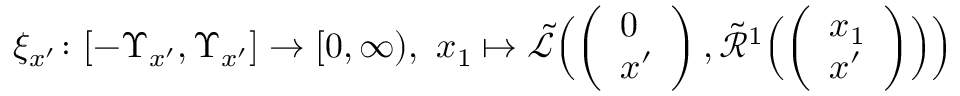
\xi _ { x ^ { \prime } } \colon [ - \Upsilon _ { x ^ { \prime } } , \Upsilon _ { x ^ { \prime } } ] \to [ 0 , \infty ) , \ x _ { 1 } \mapsto \tilde { \mathcal L } \Bigl ( \left( \begin{array} { l } { 0 } \\ { x ^ { \prime } } \end{array} \right) , \tilde { \mathcal R } ^ { 1 } \Bigl ( \left( \begin{array} { l } { x _ { 1 } } \\ { x ^ { \prime } } \end{array} \right) \Bigr ) \Bigr )